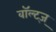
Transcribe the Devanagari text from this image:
वॉल्ट्ज्